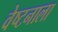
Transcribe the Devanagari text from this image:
वेष्टनाला